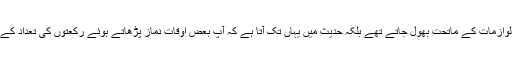
چنانچہ حدیث سے ثابت ہے کہ آپؐ کئی موقعوں پر بشری لوازمات کے ماتحت بھول جاتے تھے بلکہ حدیث میں یہاں تک آتا ہے کہ آپؐ بعض اوقات نماز پڑھاتے ہوئے رکعتوں کی تعداد کے متعلق بھی بھول گئے اور لوگوں کے یاد کرانے پر یاد آیا۔